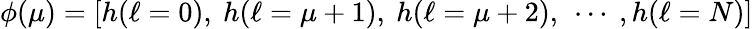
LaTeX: \phi(\mu)=[h(\ell=0),\ h(\ell=\mu+1),\ h(\ell=\mu+2),\ \cdots\ ,h(\ell=N)]